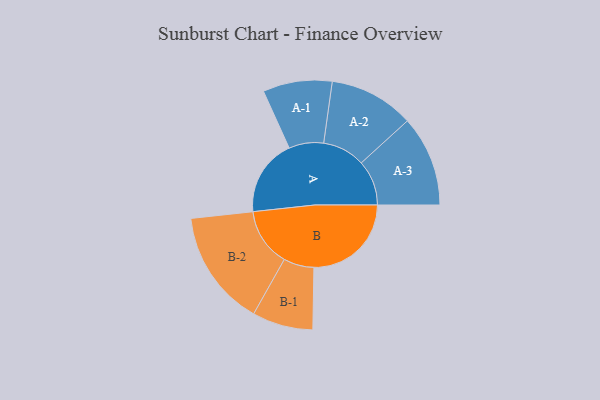
{"axis": {"x": "Segment", "y": "Value"}, "legend": ["", "A", "B"], "data": [{"x": "A", "y": 273, "type": ""}, {"x": "B", "y": 346, "type": ""}, {"x": "A-1", "y": 123, "type": "A"}, {"x": "A-2", "y": 151, "type": "A"}, {"x": "A-3", "y": 161, "type": "A"}, {"x": "B-1", "y": 108, "type": "B"}, {"x": "B-2", "y": 207, "type": "B"}]}